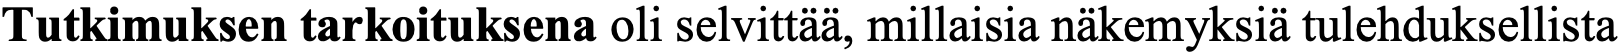
Tutkimuksen tarkoituksena oli selvittää, millaisia näkemyksiä tulehduksellista